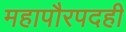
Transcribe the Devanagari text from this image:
महापौरपदही